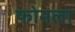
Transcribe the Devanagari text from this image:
फोनला